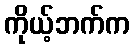
ကိုယ့်ဘက်က